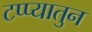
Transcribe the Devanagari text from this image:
टप्प्यातुन